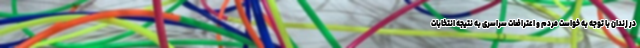
در زندان با توجه به خواست مردم و اعتراضات سراسری به نتیجه انتخابات